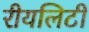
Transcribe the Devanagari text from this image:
रीयलिटी